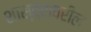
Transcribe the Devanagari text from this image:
शास्त्रावरील